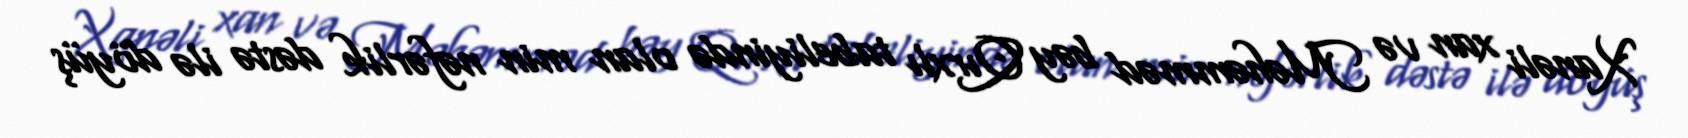
Xanəli xan və Məhəmməd bəy Qırxlı tabeliyində olan min nəfərlik dəstə ilə döyüş